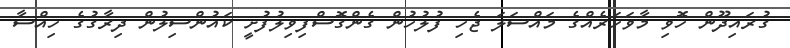
ގުރައިދޫން ހޮވި މާވަހަރެއްގެ މައްސަލަ ޖެހި ފުލުހުން ގެންގޮސްފިވިލުފުށީ ކައުންސިލުން ދިރާގުގެ ހިއްސާ